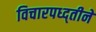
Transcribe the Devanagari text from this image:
विचारपध्द्तीने